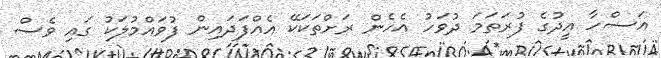
އަޟްހާ އީދުގެ ފުރަތަމަ ދުވަހު އެހެން ރަށްތަކަކޭ އެއްފަދައިން ފުވައްމުލަކު ގައި ވެސް